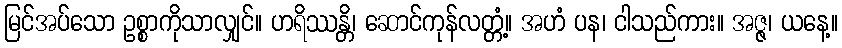
မြင်အပ်သော ဥစ္စာကိုသာလျှင်။ ဟရိဿန္တိ၊ ဆောင်ကုန်လတ္တံ့။ အဟံ ပန၊ ငါသည်ကား။ အဇ္ဇ၊ ယနေ့။